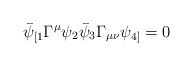
\begin{align*}\bar{\psi}_{[1} \Gamma^\mu \psi_2 \bar{\psi}_3 \Gamma_{\mu \nu}\psi_{4]} = 0\end{align*}